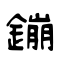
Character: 鏰